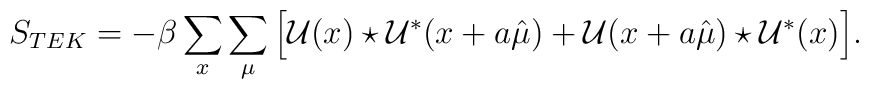
S_{TEK}=-\beta\sum_x\sum_\mu\Big[\mathcal{U}(x)\star\mathcal{U}^*(x+a\hat{\mu})+\mathcal{U}(x+a\hat{\mu})\star\mathcal{U}^*(x)\Big].